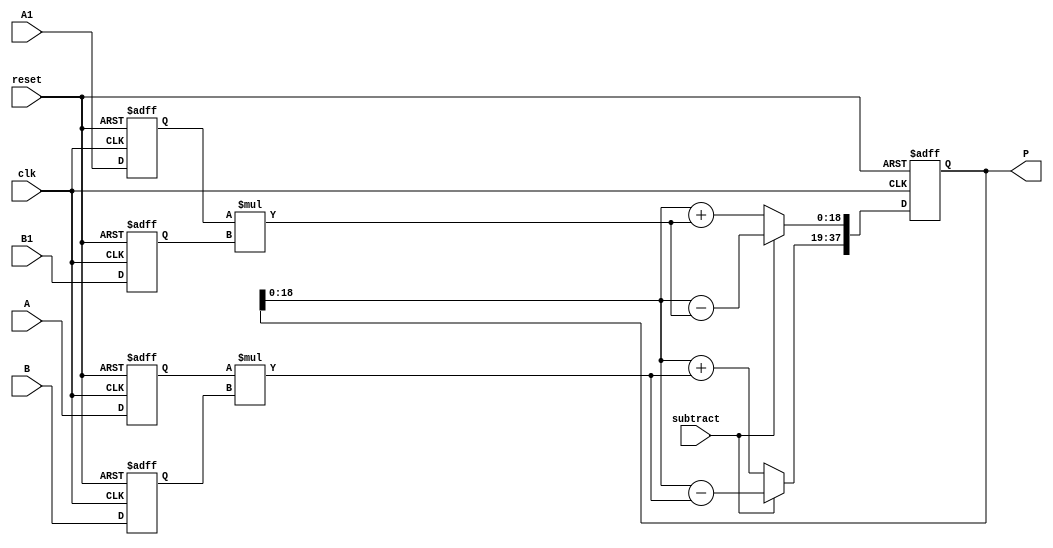
module dsp_mul_signed_reg_with_accum_inf_dsp19x2 (clk, reset, subtract, A, A1, B, B1, P);
	input clk, reset, subtract;
	input signed [9:0] A, A1;
	input signed [8:0] B, B1;
	output reg signed [37:0] P;
	reg signed [9:0] i1, i3;
	reg signed [8:0] i2, i4;
	reg signed [18:0] add_or_sub, add_or_sub1, mul1, mul2;
	always @(posedge clk, negedge reset) begin
		if(reset == 0) begin
			i1 <= 0;
			i2 <= 0;
			i3 <= 0;
			i4 <= 0;
		end
		else begin
			i1 <= A;
			i2 <= B;
			i3 <= A1;
			i4 <= B1;
		end
	end
	always @(posedge clk, negedge reset) begin
		if (reset ==0)
			P <= 0;
		else 
			P <= {add_or_sub, add_or_sub1};

	end

	always @ (*)  begin
		mul1 = i1 * i2;
		mul2 = i3 * i4;
	end

	always @ (*)  begin
		if (subtract) begin
			add_or_sub = P - mul1;
			add_or_sub1 = P - mul2;
		end
		else begin
			add_or_sub = P + mul1;
			add_or_sub1 = P + mul2;
		end
	end
endmodule